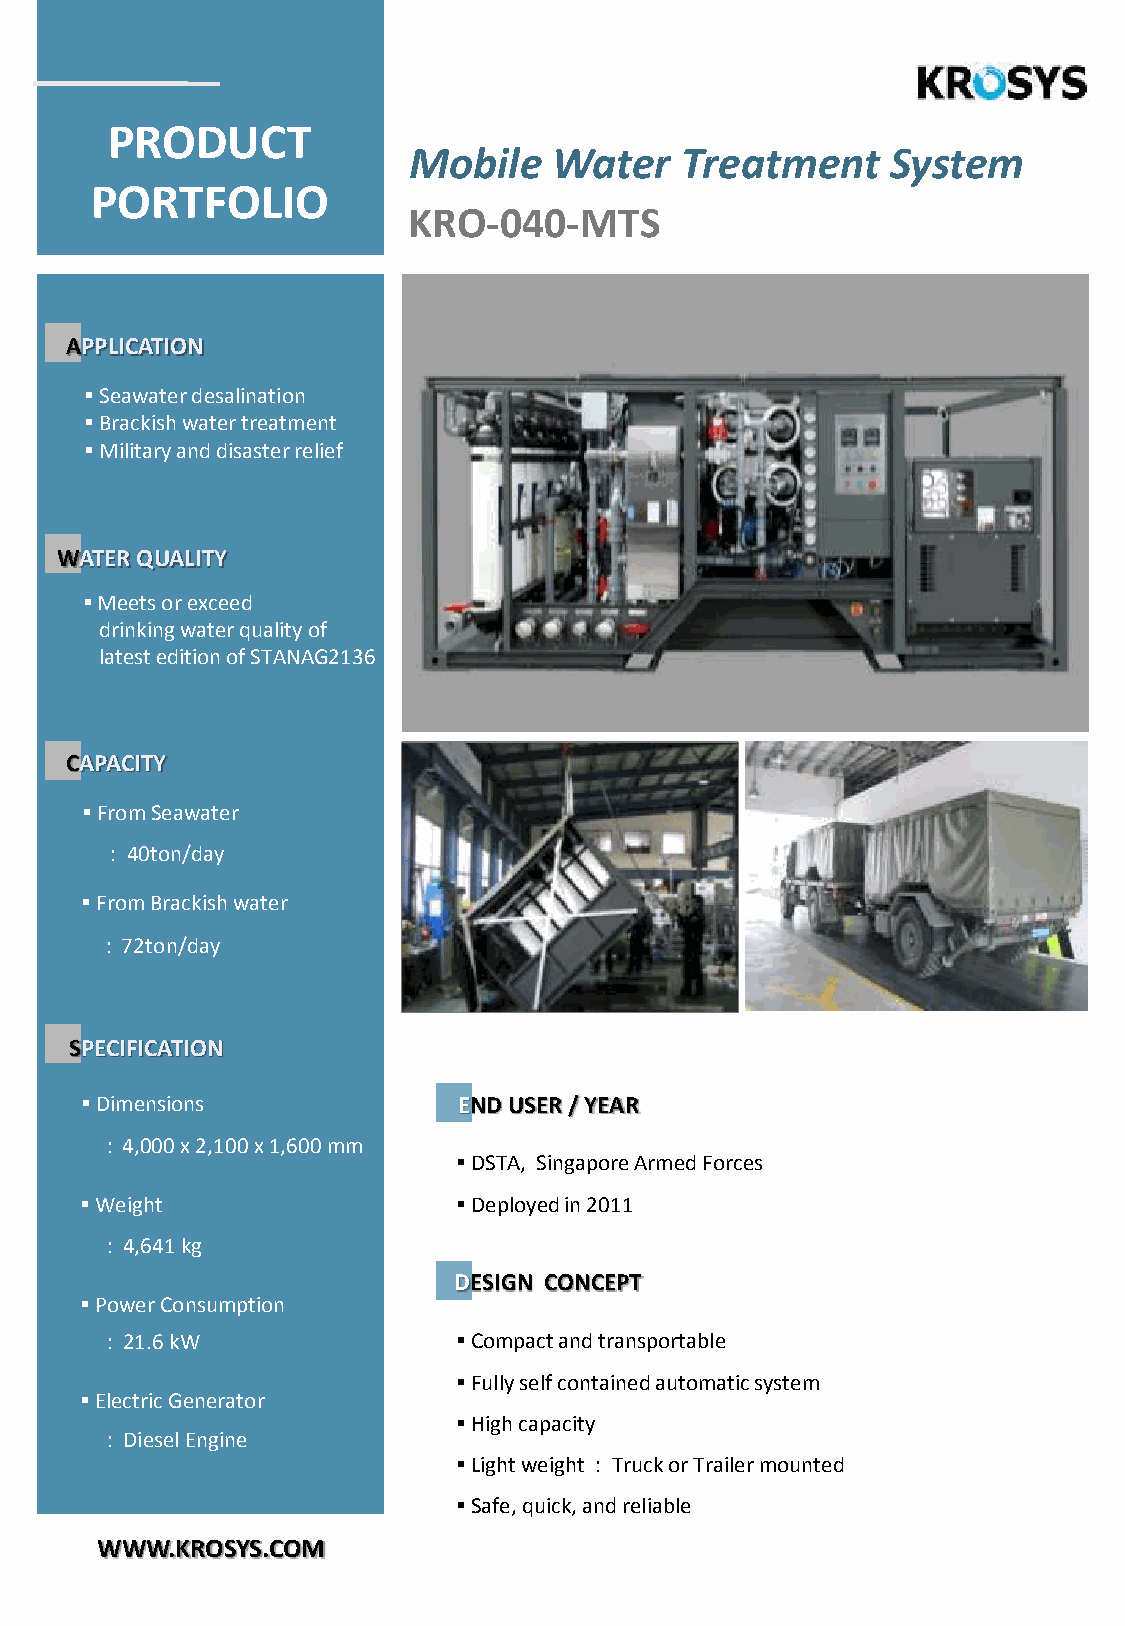
PRODUCT
 Mobile    Water   Treatment     System
 PORTFOLIO
 KRO-040-MTS
 APPLICATION
 ▪Seawater desalination
 ▪Brackish water treatment
 ▪Military and disaster relief
 WATER QUALITY
 ▪Meets or exceed
 drinking water quality of
 latest edition of STANAG2136
 CAPACITY
 ▪From Seawater
 : 40ton/day
 ▪FromBrackish water
 : 72ton/day
 SPECIFICATION
 ▪Dimensions              END USER / YEAR
 : 4,000 x 2,100 x 1,600 mm
 ▪DSTA, Singapore Armed Forces
 ▪Weight                  ▪Deployed in 2011
 : 4,641 kg
 DESIGN CONCEPT
 ▪Power Consumption
 : 21.6 kW              ▪Compact and transportable
 ▪Fully self contained automatic system
 ▪Electric Generator
 ▪High capacity
 : Diesel Engine
 ▪Light weight : Truck or Trailer mounted
 ▪Safe, quick, and reliable
 WWW.KROSYS.COM